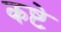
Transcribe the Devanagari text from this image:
कष्टे